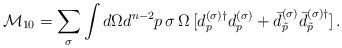
LaTeX: \begin{align*} {\cal M}_{10}= \sum_{\sigma} \int d\Omega d^{n-2} p\,\sigma\, \Omega \,[ d_p^{(\sigma) \dagger} d_p^{(\sigma)} + \bar{d}_{\tilde{p}}^{(\sigma)} \bar{d}_{\tilde{p}}^{(\sigma)\dagger}]\,{.}\end{align*}